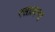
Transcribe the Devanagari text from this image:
रसप्रबन्ध